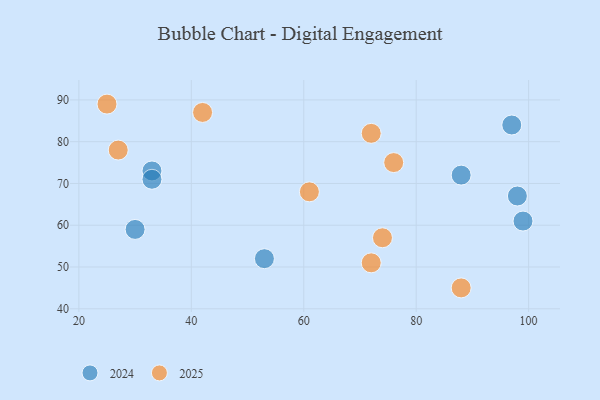
{"axis": {"x": "GDP", "y": "Life Expectancy"}, "legend": ["2024", "2025"], "data": [{"x": "61", "y": 68, "type": "2025"}, {"x": "25", "y": 89, "type": "2025"}, {"x": "74", "y": 57, "type": "2025"}, {"x": "76", "y": 75, "type": "2025"}, {"x": "27", "y": 78, "type": "2025"}, {"x": "72", "y": 51, "type": "2025"}, {"x": "42", "y": 87, "type": "2025"}, {"x": "72", "y": 82, "type": "2025"}, {"x": "88", "y": 45, "type": "2025"}, {"x": "98", "y": 67, "type": "2024"}, {"x": "88", "y": 72, "type": "2024"}, {"x": "33", "y": 73, "type": "2024"}, {"x": "30", "y": 59, "type": "2024"}, {"x": "53", "y": 52, "type": "2024"}, {"x": "33", "y": 71, "type": "2024"}, {"x": "97", "y": 84, "type": "2024"}, {"x": "99", "y": 61, "type": "2024"}]}